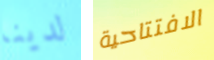
لدينا الافتتاحية